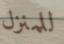
للمنزل